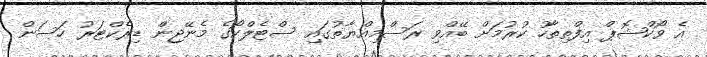
އެ ވޯކްޝޮޕް އިފްތިތާހު ކުރުމަށް ބޭއްވި ރަސްމިއްޔާތުގައި ސްޓެލްކޯގެ މެނޭޖިން ޑިރެކްޓަރު ހަސަން